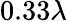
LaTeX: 0.33\lambda